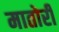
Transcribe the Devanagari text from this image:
मातोरी